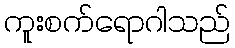
ကူးစက်ရောဂါသည်